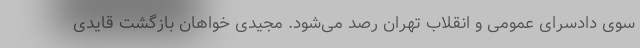
سوی دادسرای عمومی و انقلاب تهران رصد می‌شود. مجیدی خواهان بازگشت قایدی